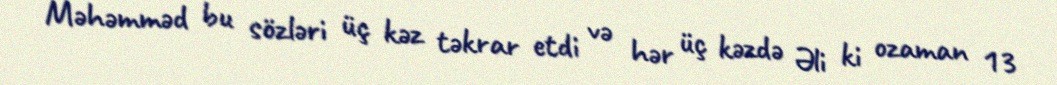
Məhəmməd bu sözləri üç kəz təkrar etdi və hər üç kəzdə Əli ki ozaman 13